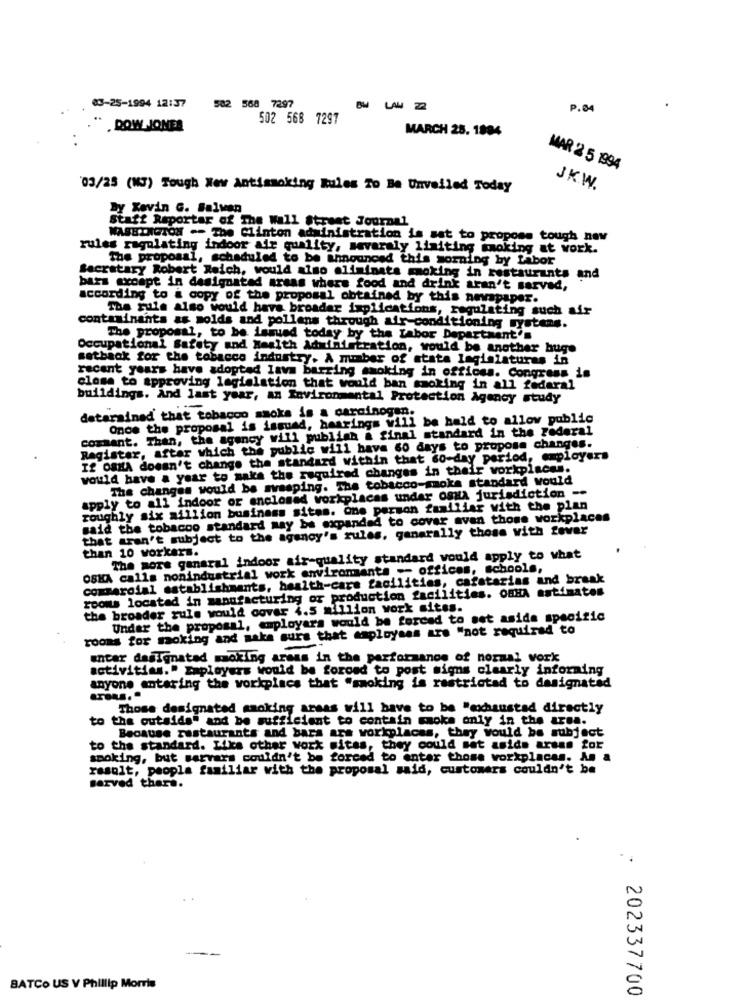
03-25-1994 12:37
582 568 7297
P.04
502 568 7297
.DOW JONES
MARCH 25. 1884
MAR 2 5 1994
03/25 (M3) Tough New Antismoking Rules To Be Unveiled Today
JK.W.
By Xavin G. Salven
Staff Reportar of The Wall Street Journal
WASHINGTON -- The Clinton administration is set to propose tough new
rules ragulating indoor air quality, mevaraly limiting moking at work.
The proposal, scheduled to be announced this morning by Labor
Secretary Robert Reich, would also eliminata moking in restaurants and
bars exoapt in designated areas where food and drink aren't served,
according to a copy of the proposal obtained by this newspaper.
The rule also would have broader implications, regulating such air
contaminants as molds and pollens through air conditioning systens.
The proposal, to be issued today by the Labor Department's
Occupational Safety and Health Administration, would be another huge
satback for the tobacco industry. A mmaber of state legislatures in
recent years have adopted lavm barring smoking in offices. Congress is
close to approving legislation that would ban smoking in all federal
buildings. And last year, an Xovironmental Protection Agency study
detarained that tobacco ssoka is a carcinogen.
Once the proposal is issued, hearings will be held to allow public
commant. Than, the agency will publish a final standard in the Federal
Registar, aftar which the public will have 60 days to propose changes.
If OSHA doesn't change the standard within that so-day period, employers
would have a year to make the required changes in their workplaces.
The changes would be myresping. The tobacco-moka standard would
apply to all indoor or enclosed workplaces under oma jurisdiction --
roughly six million business sites. one person familiar with the plan
said the tobacco standard may be expanded to cover avan those workplaces
that aren't subject to the agency's rules, ganarally those with fever
than 10 workers.
The more ganaral indoor air-quality standard would apply to what
OSHA calls nonindustrial work enviroments -- offices, schools,
commercial establishments, health-care facilities, cafetarias and break
rooms located in manufacturing or production facilities. OBHA estimates
the broader rule would cover 4.5 million work sites.
Under the proposal, employara would be forced to set aside specific
rooms for moking and make sure that employees are "not required to
antar dasignated smoking areas in the performance of normal work
activities." Employers would be forced to post migns clearly informing
anyone entering the workplace that "smoking is restricted to designated
Those designated smoking areas will have to be "mochaustad directly
to the outside" and be sufficient to contain smoke only in the area.
Because restaurants and bars are workplaces, they would be subject
to the standard. Lika other work sites, they could set aside armas for
smoking, but servars couldn't be forced to enter those workplaces. An a
result, people familiar with the proposal said, customers couldn't be
served there.
BATCO US V Phillip Morris
202337700